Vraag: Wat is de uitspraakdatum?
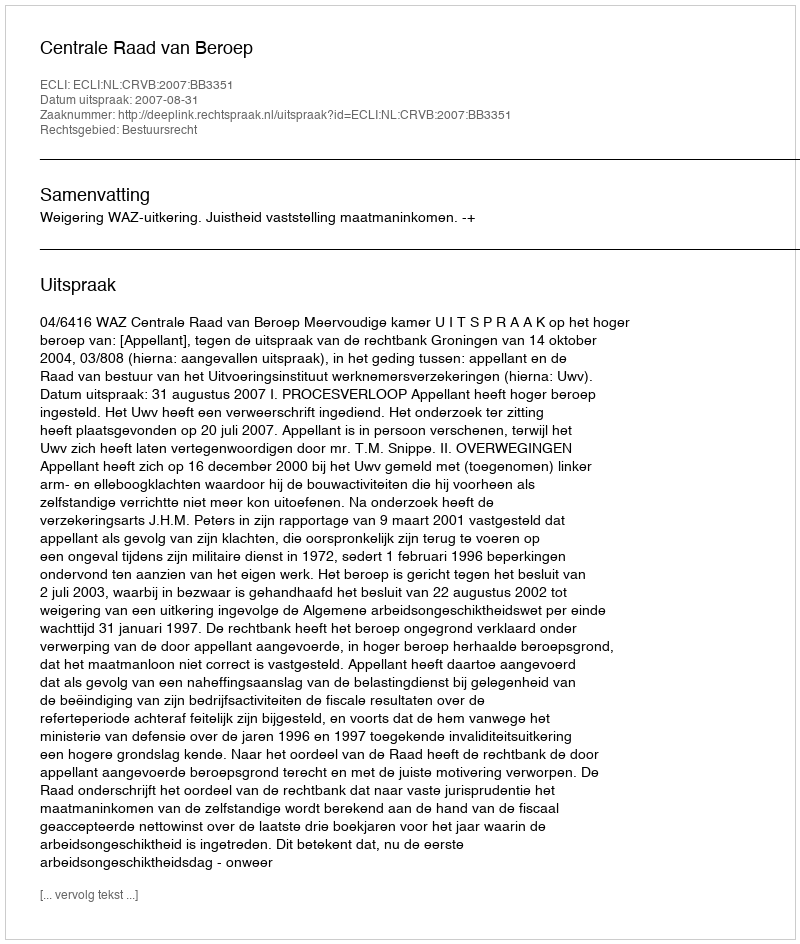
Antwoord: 2007-08-31